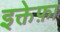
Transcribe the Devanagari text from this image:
इक्तेफ़ा